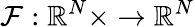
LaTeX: \mathcal{F}:\mathbb{R}^{N}\times\to\mathbb{R}^{N}